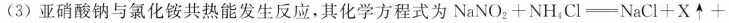
(3)亚硝酸钠与氯化铵共热能发生反应，其化学方程式为$$N a N O_{2} + N H_{4} C I = N aC I + X \uparrow +